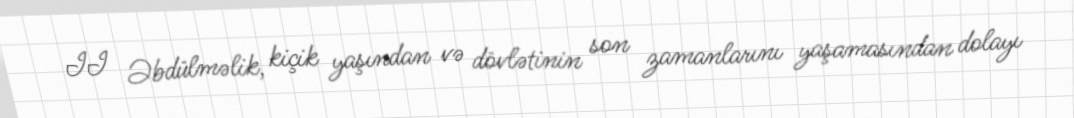
II Əbdülməlik, kiçik yaşından və dövlətinin son zamanlarını yaşamasından dolayı